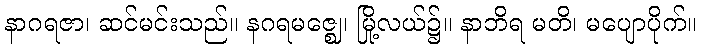
နာဂရဇာ၊ ဆင်မင်းသည်။ နဂရမဇ္ဈေ၊ မြို့လယ်၌။ နာဘိရ မတိ၊ မပျောပိုက်။